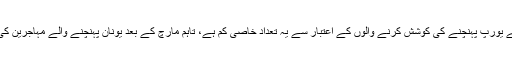
خبر رساں ادارے روئٹرز کے مطابق شمالی افریقہ سے بحیرہ روم کے ذریعے یورپ پہنچنے کی کوشش کرنے والوں کے اعتبار سے یہ تعداد خاصی کم ہے، تاہم مارچ کے بعد یونان پہنچنے والے مہاجرین کی تعداد میں دیکھی جانے والی کمی اب پھر سوالات کا شکار ہوتی جا رہی ہے۔